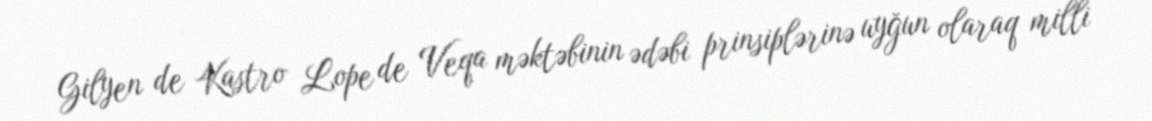
Gilyen de Kastro Lope de Veqa məktəbinin ədəbi prinsiplərinə uyğun olaraq milli